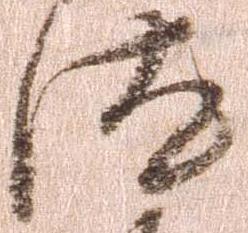
汰